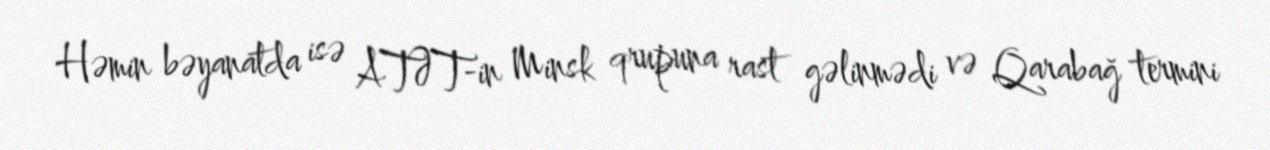
Həmin bəyanatda isə ATƏT-in Minsk qrupuna rast gəlinmədi və Qarabağ termini